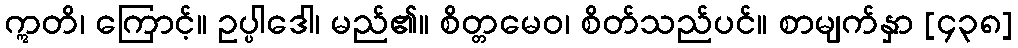
ဣတိ၊ ကြောင့်။ ဥပ္ပါဒေါ၊ မည်၏။ စိတ္တမေဝ၊ စိတ်သည်ပင်။ စာမျက်နှာ [၄၃၈]